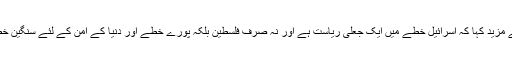
انہوں نے مزید کہا کہ اسرائیل خطے میں ایک جعلی ریاست ہے اور نہ صرف فلسطین بلکہ پورے خطے اور دنیا کے امن کے لئے سنگین خطرہ ہے۔